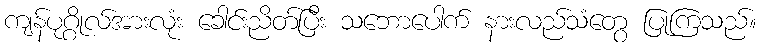
ကျန်ပုဂ္ဂိုလ်အားလုံး ခေါင်းညိတ်ပြီး သဘောပေါက် နားလည်သံတွေ ပြုကြသည်။